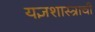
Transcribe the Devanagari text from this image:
यज्ञशास्त्राची